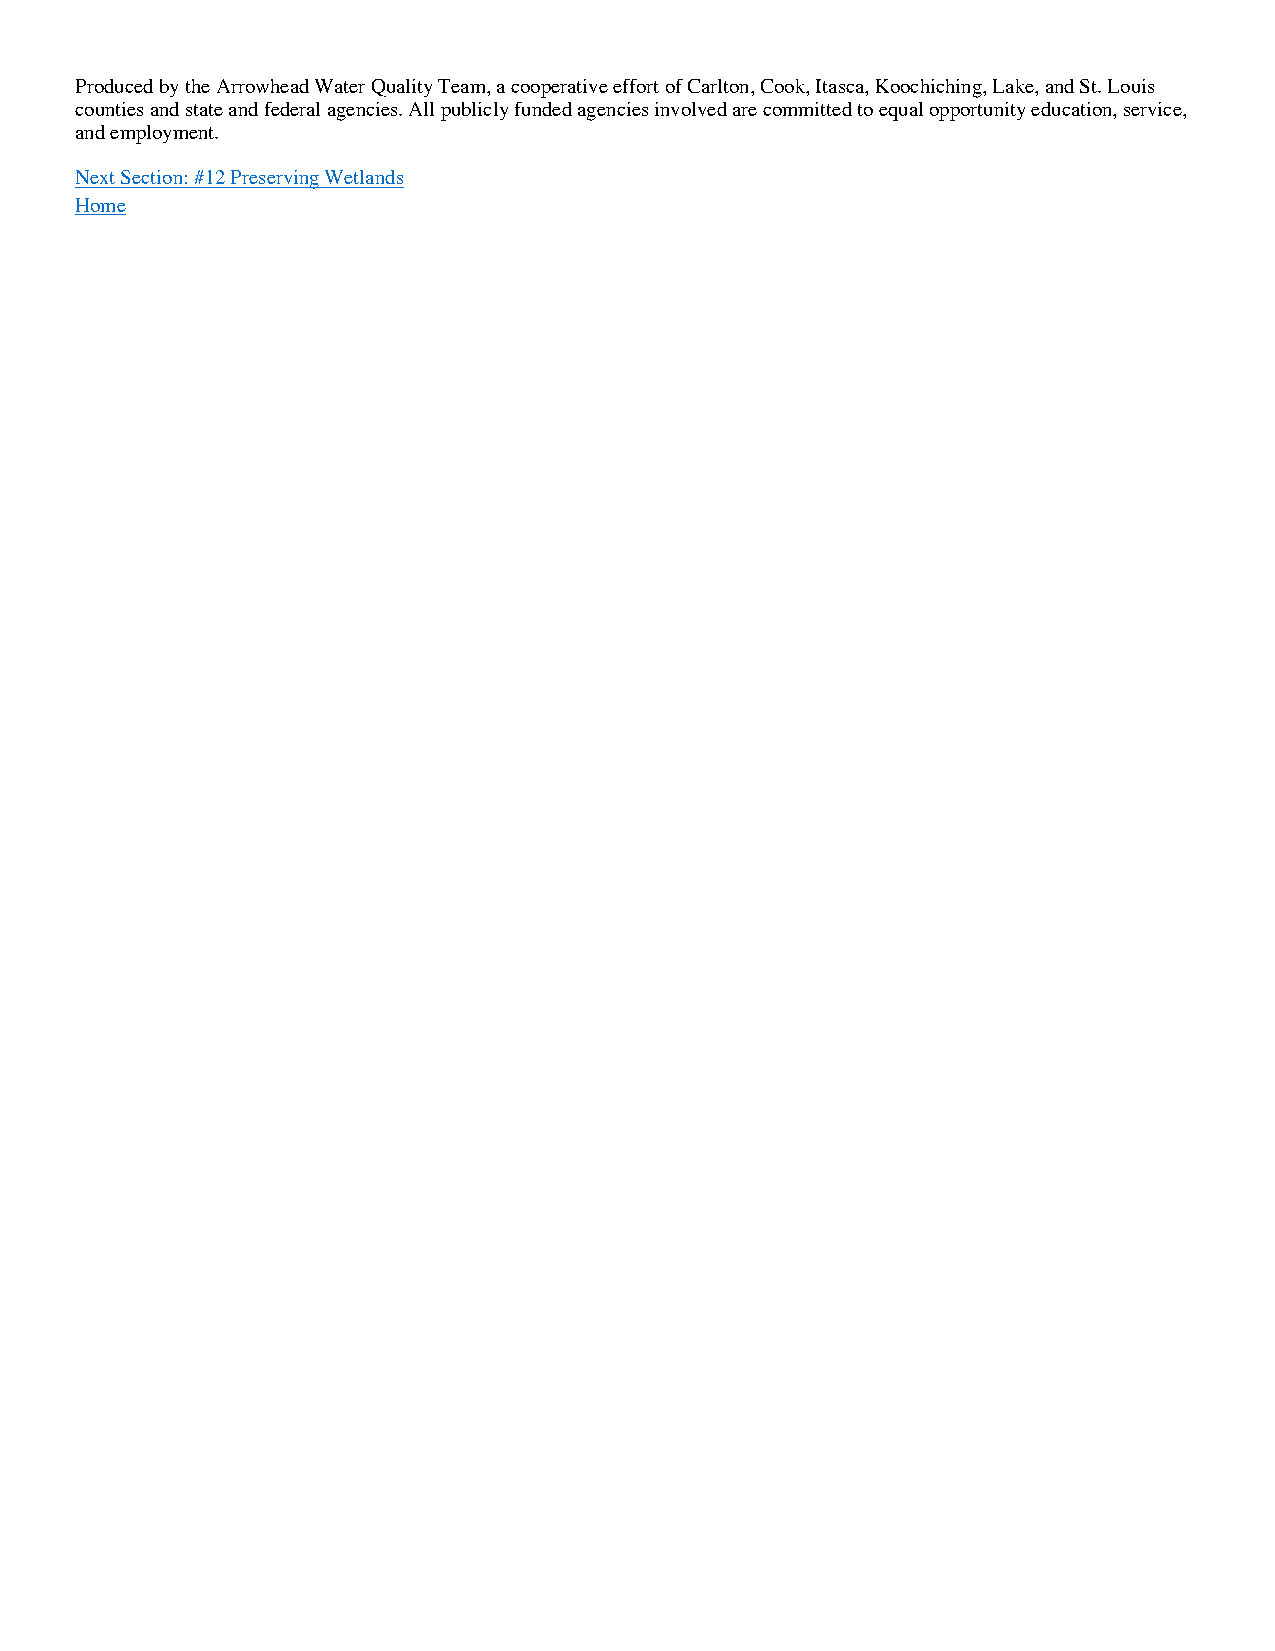
Produced by the Arrowhead Water Quality Team, a cooperative effort of Carlton, Cook, Itasca, Koochiching, Lake, and St. Louis
 counties and state and federal agencies. All publicly funded agencies involved are committed to equal opportunity education, service,
 and employment.
 Next Section: #12 Preserving Wetlands
 Home